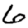
Digit: 6